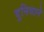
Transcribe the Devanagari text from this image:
दुनियाने